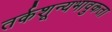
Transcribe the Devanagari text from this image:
तर्कशून्यभावुकता